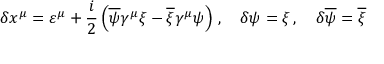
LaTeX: \delta x ^ { \mu } = \varepsilon ^ { \mu } + \frac { i } { 2 } \left( \overline { { { \psi } } } \gamma ^ { \mu } \xi - \overline { { { \xi } } } \gamma ^ { \mu } \psi \right) \, , \quad \delta \psi = \xi \, , \quad \delta \overline { { { \psi } } } = \overline { { { \xi } } }